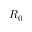
R _ { 0 }